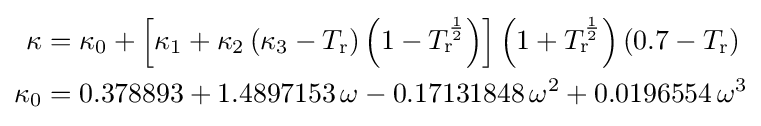
{\begin{aligned}\kappa &=\kappa _{0}+\left[\kappa _{1}+\kappa _{2}\left(\kappa _{3}-T_{\text{r}}\right)\left(1-T_{\text{r}}^{\frac {1}{2}}\right)\right]\left(1+T_{\text{r}}^{\frac {1}{2}}\right)\left(0.7-T_{\text{r}}\right)\\\kappa _{0}&=0.378893+1.4897153\,\omega -0.17131848\,\omega ^{2}+0.0196554\,\omega ^{3}\end{aligned}}